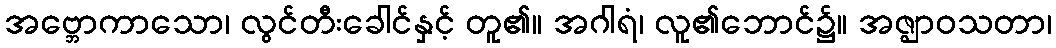
အဗ္ဘောကာသော၊ လွင်တီးခေါင်နှင့် တူ၏။ အဂါရံ၊ လူ၏ဘောင်၌။ အဇ္ဈာဝသတာ၊